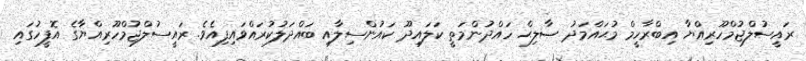
ރައީސުލްޖުމްހޫރިއްޔާ އިބްރާހީމް މުޙައްމަދު ޞާލިޙް ހައްދުންމަތީ ކަލައިދޫ ކައުންސިލާއި ބައްދަލުކުރައްވައިފިއެވެ. ރައީސުލްޖުމްހޫރިއްޔާގެ އޮފީހުގައި